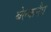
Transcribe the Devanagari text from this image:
बेल्कनैप